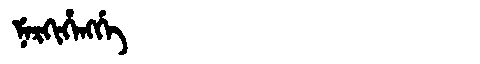
Manchu: ᠨᡝᡵᡴᡳᡥᡝᠩᡤᡝ
Romanization: NERKIHENGGE